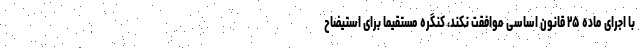
با اجرای ماده ۲۵ قانون اساسی موافقت نکند، کنگره مستقیما برای استیضاح